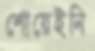
শোয়েইনি